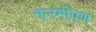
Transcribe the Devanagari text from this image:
नारंगीपण